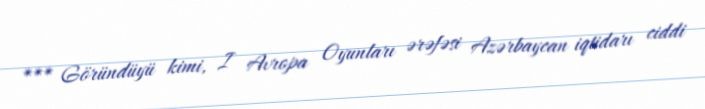
*** Göründüyü kimi, I Avropa Oyunları ərəfəsi Azərbaycan iqtidarı ciddi